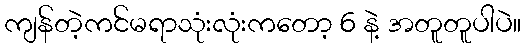
ကျန်တဲ့ကင်မရာသုံးလုံးကတော့ 6 နဲ့ အတူတူပါပဲ။